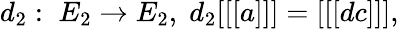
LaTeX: d_{2}:\; E_{2}\rightarrow E_{2},\; d_{2}[[[a]]]=[[[dc]]],